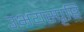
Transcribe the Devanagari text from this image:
उभयस्पृष्ठि